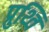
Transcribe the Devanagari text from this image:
प्रुथ्वि